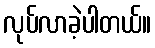
လုပ်လာခဲ့ပါတယ်။